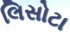
લિસોટા